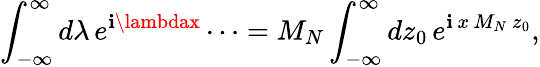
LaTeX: \int_{-\infty}^{\infty}d\lambda\, e^{\mathbf{i}\lambdax}\cdots=M_{N}\int_{-\infty}^{\infty}dz_{0}\, e^{\mathbf{i}\, x\, M_{N}\, z_{0}},